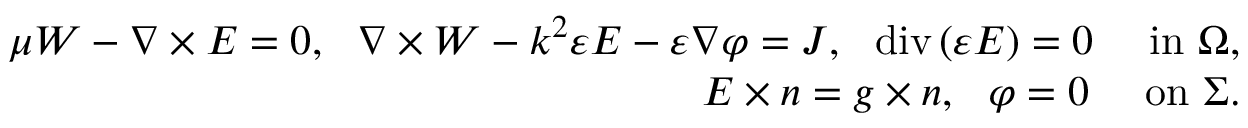
\begin{array} { r l r } & { } & { \mu { \boldsymbol { W } } - \nabla \times { \boldsymbol { E } } = 0 , \ \ \nabla \times { \boldsymbol { W } } - k ^ { 2 } \varepsilon { \boldsymbol { E } } - \varepsilon \nabla \varphi = { \boldsymbol { J } } , \ \ \mathrm { d i v } \, ( \varepsilon { \boldsymbol { E } } ) = 0 \ \ \ \ \mathrm { i n ~ } \Omega , } \\ & { } & { { \boldsymbol { E } } \times \boldsymbol { n } = \boldsymbol { g } \times \boldsymbol { n } , \ \ \varphi = 0 \ \ \ \ \mathrm { o n ~ } \Sigma . } \end{array}